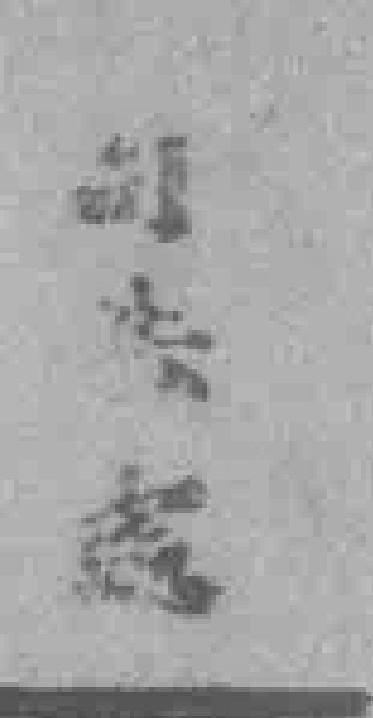
*處